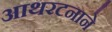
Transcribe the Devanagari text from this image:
आथरटनाने